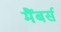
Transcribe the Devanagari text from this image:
मैंबर्स